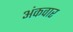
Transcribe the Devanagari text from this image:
अंकवार